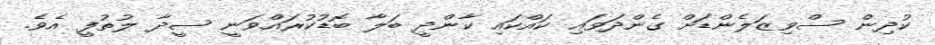
ކުދިން ސްވިޒަލެންޑަށް ގެންދަވައި ކައްކައި ކާންދީ ބަލާ ބޮޑުކުރައްވަނީ ސީދާ ލުތުފީ އެވެ.